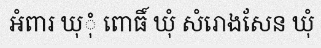
អំពារ ឃុុំំ ពោធិ៍ ឃុំ សំរោងសែន ឃុំ